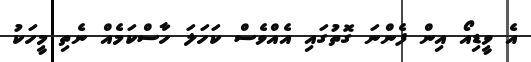
އެ ވީޑިއޯ އިން ފެންނަ ގޮތުގައި އެއްވެސް ކަހަލަ ހާސްކަމެއް ނެތި މީހަކު